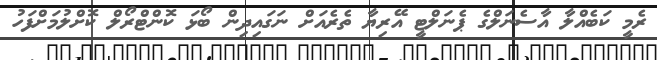
ރެމީ ކަބެއްލާ އާސެނަލްގެ ޕެނަލްޓީ އޭރިޔާ ތެރެއަށް ނަގައިދިން ބޯޅަ ކޮންޓްރޯލް ކޮށްލުމަށްފަހު